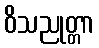
ဝိသညုတ္တာ